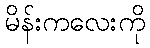
မိန်းကလေးကို